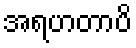
အရဟတာပိ